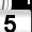
Digit: 5